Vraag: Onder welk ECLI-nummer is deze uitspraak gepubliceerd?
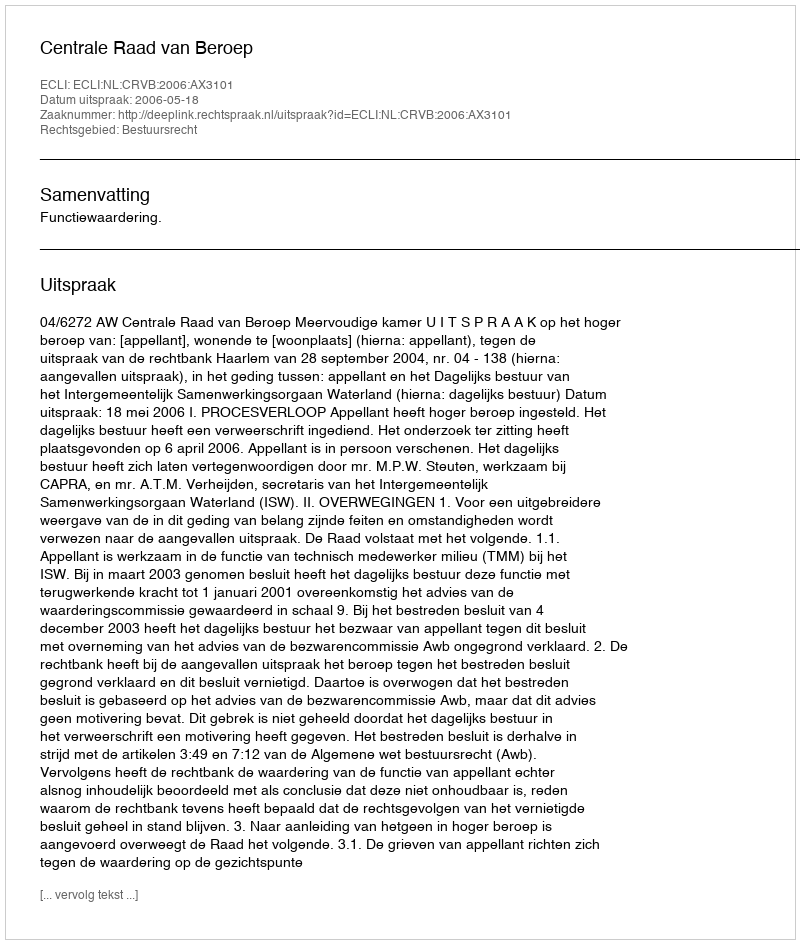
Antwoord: ECLI:NL:CRVB:2006:AX3101